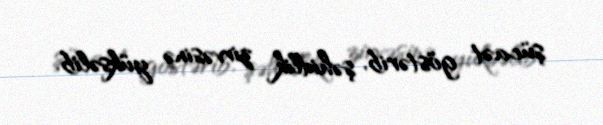
şücaət göstərib, şəhidlik zirvəsinə yüksəlib.